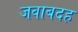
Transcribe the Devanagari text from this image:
जवाबदह